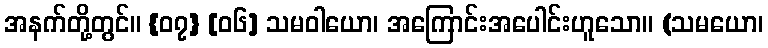
အနက်တို့တွင်။ {၀၇} [၀၆] သမဝါယော၊ အကြောင်းအပေါင်းဟူသော။ (သမယော၊